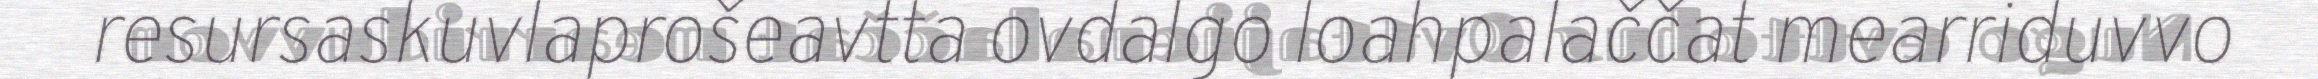
resursaskuvlaprošeavtta ovdalgo loahpalaččat mearriduvvo